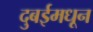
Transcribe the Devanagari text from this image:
दुबईमधून